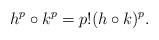
LaTeX: \begin{align*}h^p\circ k^p=p!(h\circ k)^p.\end{align*}